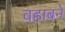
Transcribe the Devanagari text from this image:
वहाबने